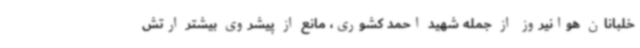
خلبانان هوانیروز از جمله شهید احمد کشوری، مانع از پیشروی بیشتر ارتش